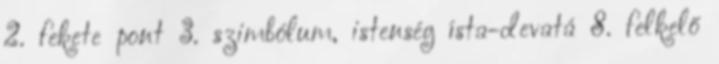
2. fekete pont 3. szimbólum, istenség ísta-devatá 8. felkelő